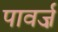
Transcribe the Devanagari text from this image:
पावर्ज़